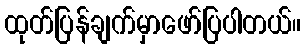
ထုတ်ပြန်ချက်မှာဖော်ပြပါတယ်။